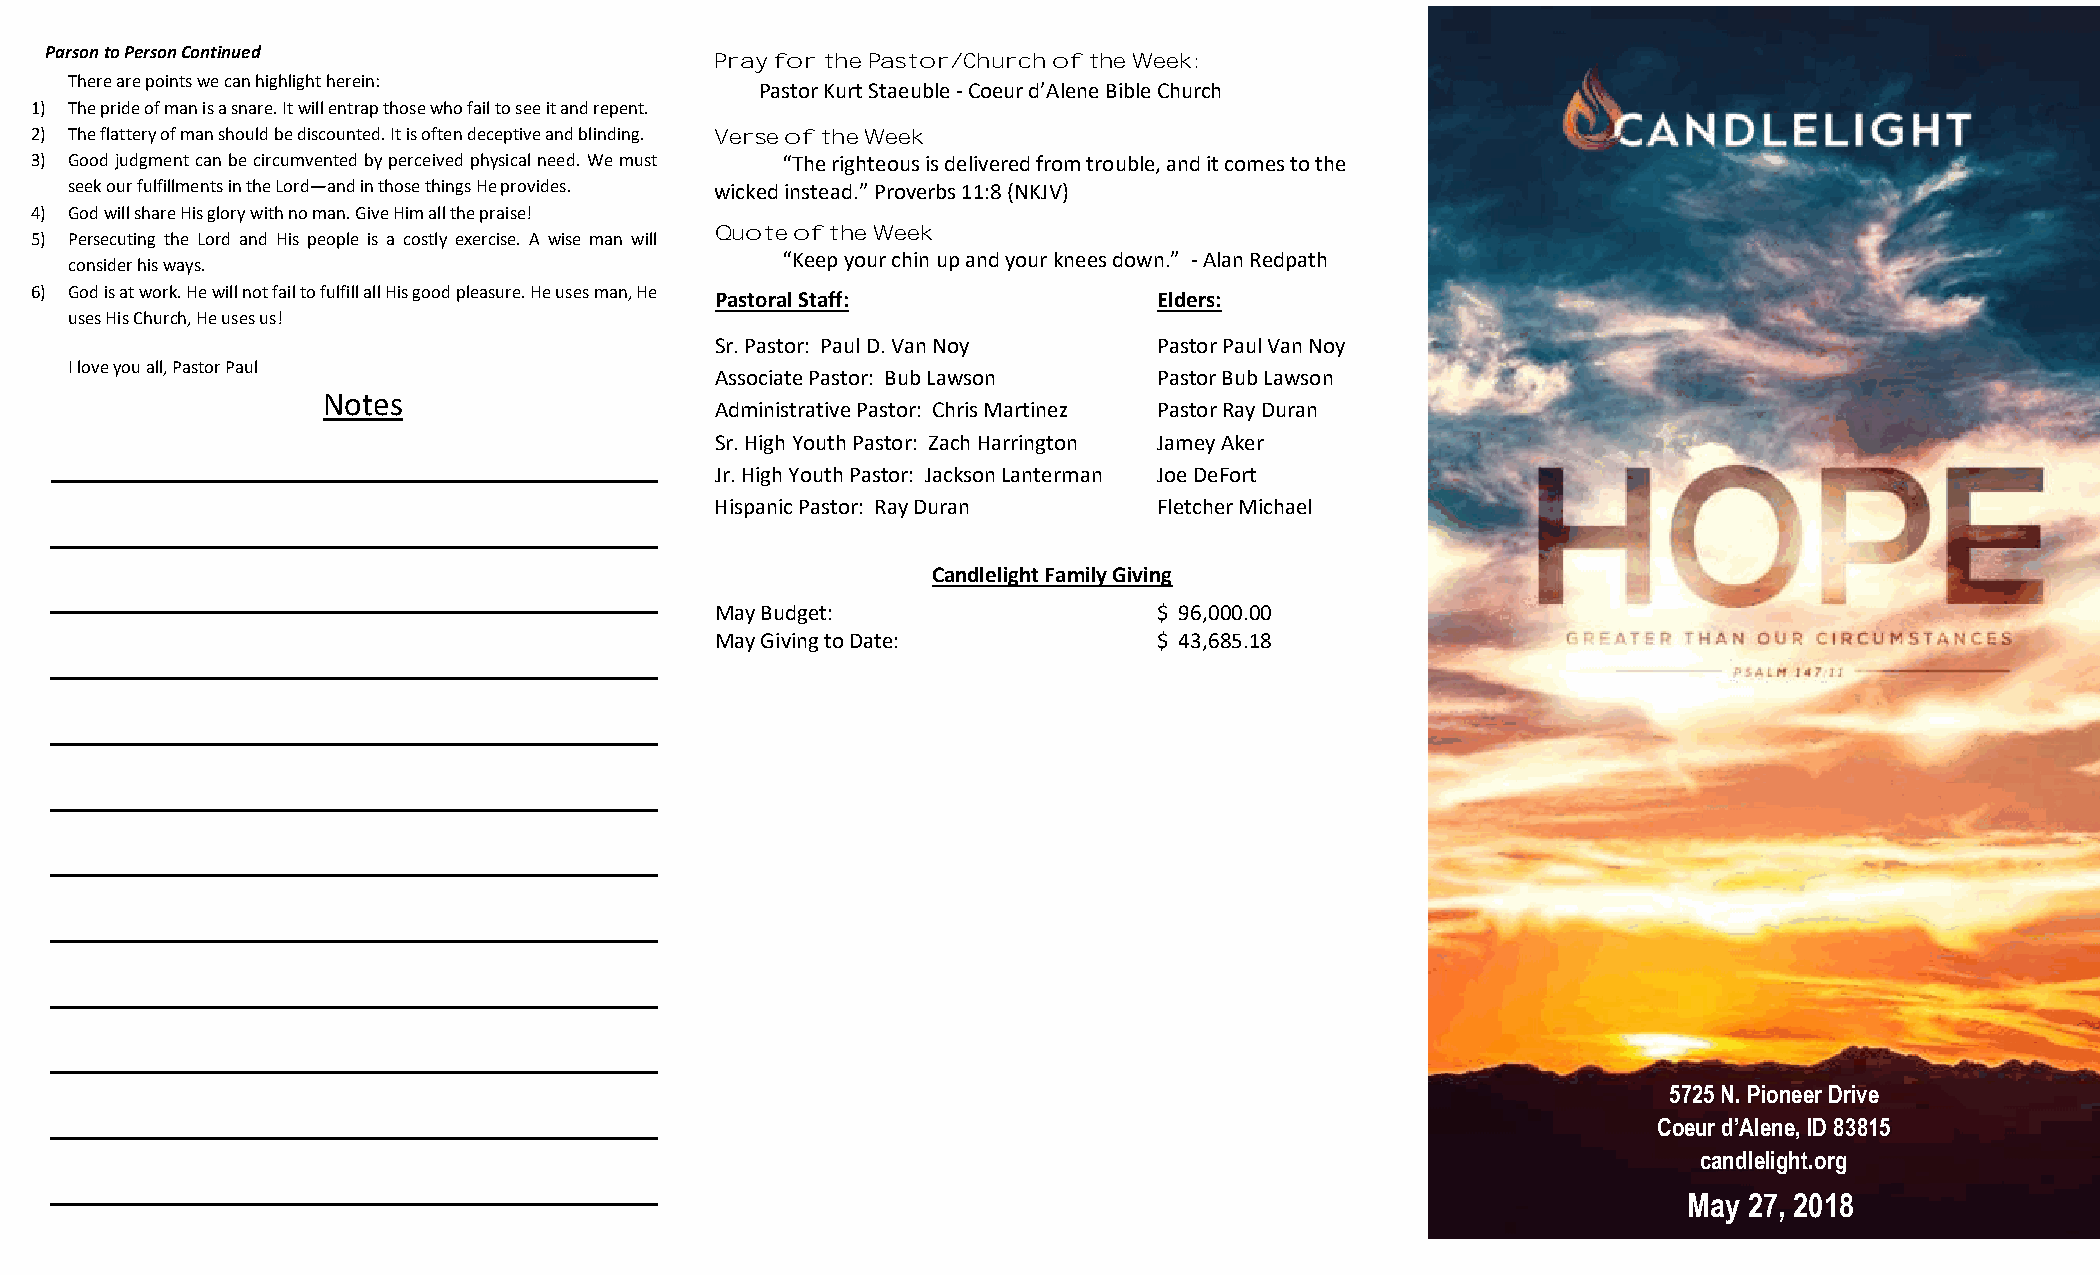
Parson to Person Continued
 Pray for the Pastor/Church of the Week:
 There are points we can highlight herein:
 Pastor Kurt Staeuble - Coeur d’Alene Bible Church
 1) The pride of man is a snare. It will entrap those who fail to see it and repent.
 2) The flattery of man should be discounted. It is often deceptive and blinding. Verse of the Week
 3) Good judgment can be circumvented by perceived physical need. We must “The righteous is delivered from trouble, and it comes to the
 seek our fulfillments in the Lord—and in those things He provides. wicked instead.” Proverbs 11:8 (NKJV)
 4) God will share His glory with no man. Give Him all the praise!
 5) Persecuting the Lord and His people is a costly exercise. A wise man will
 Quote of the Week
 consider his ways.
 “Keep your chin up and your knees down.” - Alan Redpath
 6) God is at work. He will not fail to fulfill all His good pleasure. He uses man, He
 Pastoral Staff:               Elders:
 uses His Church, He uses us!
 Sr. Pastor: Paul D. Van Noy   Pastor Paul Van Noy
 I love you all, Pastor Paul
 Associate Pastor: Bub Lawson  Pastor Bub Lawson
 Notes
 Administrative Pastor: Chris Martinez Pastor Ray Duran
 Sr. High Youth Pastor: Zach Harrington Jamey Aker
 Jr. High Youth Pastor: Jackson Lanterman Joe DeFort
 Hispanic Pastor: Ray Duran    Fletcher Michael
 Candlelight Family Giving
 May Budget:                   $ 96,000.00
 May Giving to Date:           $ 43,685.18
 5725 N. Pioneer Drive
 Coeur d’Alene, ID 83815
 candlelight.org
 May 27, 2018